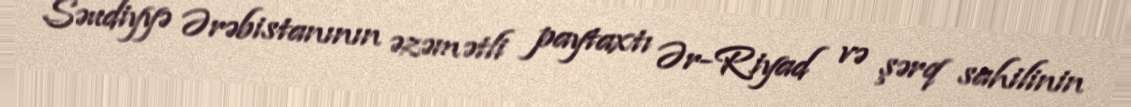
Səudiyyə Ərəbistanının əzəmətli paytaxtı Ər-Riyad və şərq sahilinin